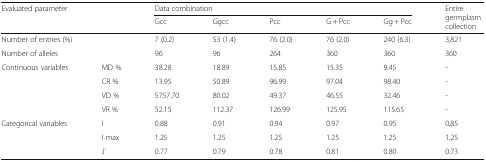
| <ROWSPAN=2-COLSPAN=2> Evaluated parameter | <COLSPAN=5> Data combination | <ROWSPAN=2> Entire germplasm collection |
 | Gcc | Ggcc | Pcc | G + Pcc | Gg + Pcc |
 | --- | --- | --- | --- | --- | --- | --- | --- |
 | <COLSPAN=2> Number of entries (%) | 7 (0.2) | 53 (1.4) | 76 (2.0) | 76 (2.0) | 240 (6.3) | 3,821 |
 | <COLSPAN=2> Number of alleles | 96 | 96 | 264 | 360 | 360 | 360 |
 | <ROWSPAN=4> Continuous variables | MD % | 38.28 | 18.89 | 15.85 | 15.35 | 9.45 | - |
 | CR % | 13.95 | 50.89 | 96.99 | 97.04 | 98.40 | - |
 | VD % | 5757.70 | 80.02 | 49.37 | 46.55 | 32.46 | - |
 | VR % | 52.15 | 112.37 | 126.99 | 125.95 | 115.65 | - |
 | <ROWSPAN=3> Categorical variables | I | 0.88 | 0.91 | 0.94 | 0.97 | 0.95 | 0.85 |
 | I max | 1.25 | 1.25 | 1.25 | 1.25 | 1.25 | 1.25 |
 | J’ | 0.77 | 0.79 | 0.78 | 0.81 | 0.80 | 0.73 |